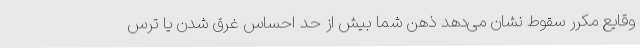
وقایع مکرر سقوط نشان می‌دهد ذهن شما بیش از حد احساس غرق شدن یا ترس